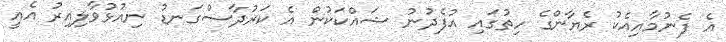
އެ ފެނުމާއިއެކު ރެޔާންގެ ހިތުގައި އުފެދުނު ޝައްކަކުން އެ ކަރުދާސްގަނޑު ނިއުޅުވާލިއިރު އެއީ